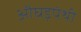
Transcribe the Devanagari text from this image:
औघड़पंथी